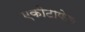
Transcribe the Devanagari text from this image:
एकीटाफेल